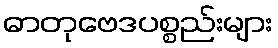
ဓာတုဗေဒပစ္စည်းများ